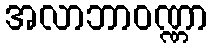
အလာဘာဝဏ္ဏာ